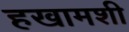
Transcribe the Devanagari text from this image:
हखामशी